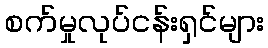
စက်မှုလုပ်ငန်းရှင်များ